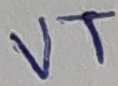
Text: VT